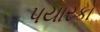
પયારકો